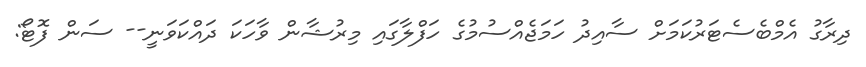
ދިރާގު އެމްބެސެޓަރުކަމަށް ސާއިދު ހަމަޖެއްސުމުގެ ހަފްލާގައި މިރުޝާން ވާހަކަ ދައްކަވަނީ-- ސަން ފޮޓޯ: